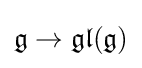
{\mathfrak {g}}\to {\mathfrak {gl}}({\mathfrak {g}})